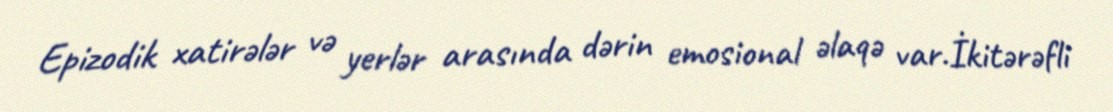
Epizodik xatirələr və yerlər arasında dərin emosional əlaqə var.İkitərəfli